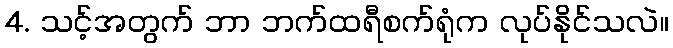
4. သင့်အတွက် ဘာ ဘက်ထရီစက်ရုံက လုပ်နိုင်သလဲ။